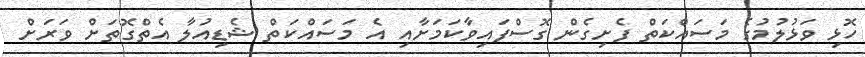
ހޮޅި ވަޅުލުމުގެ މަސައްކަތް ފެށިގެން ގޮސްފައިވާކަމަށާއި އެ މަސައްކަތް ޝެޑިއުލާ އެތްގޮތަށް ވަރަށް